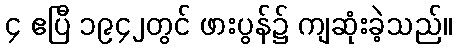
၄ ဧပြီ ၁၉၄၂တွင် ဖားပွန်၌ ကျဆုံးခဲ့သည်။